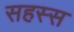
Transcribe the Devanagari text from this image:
सहस्स